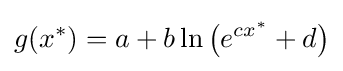
g(x^{*})=a+b\ln {\big (}e^{cx^{*}}+d{\big )}